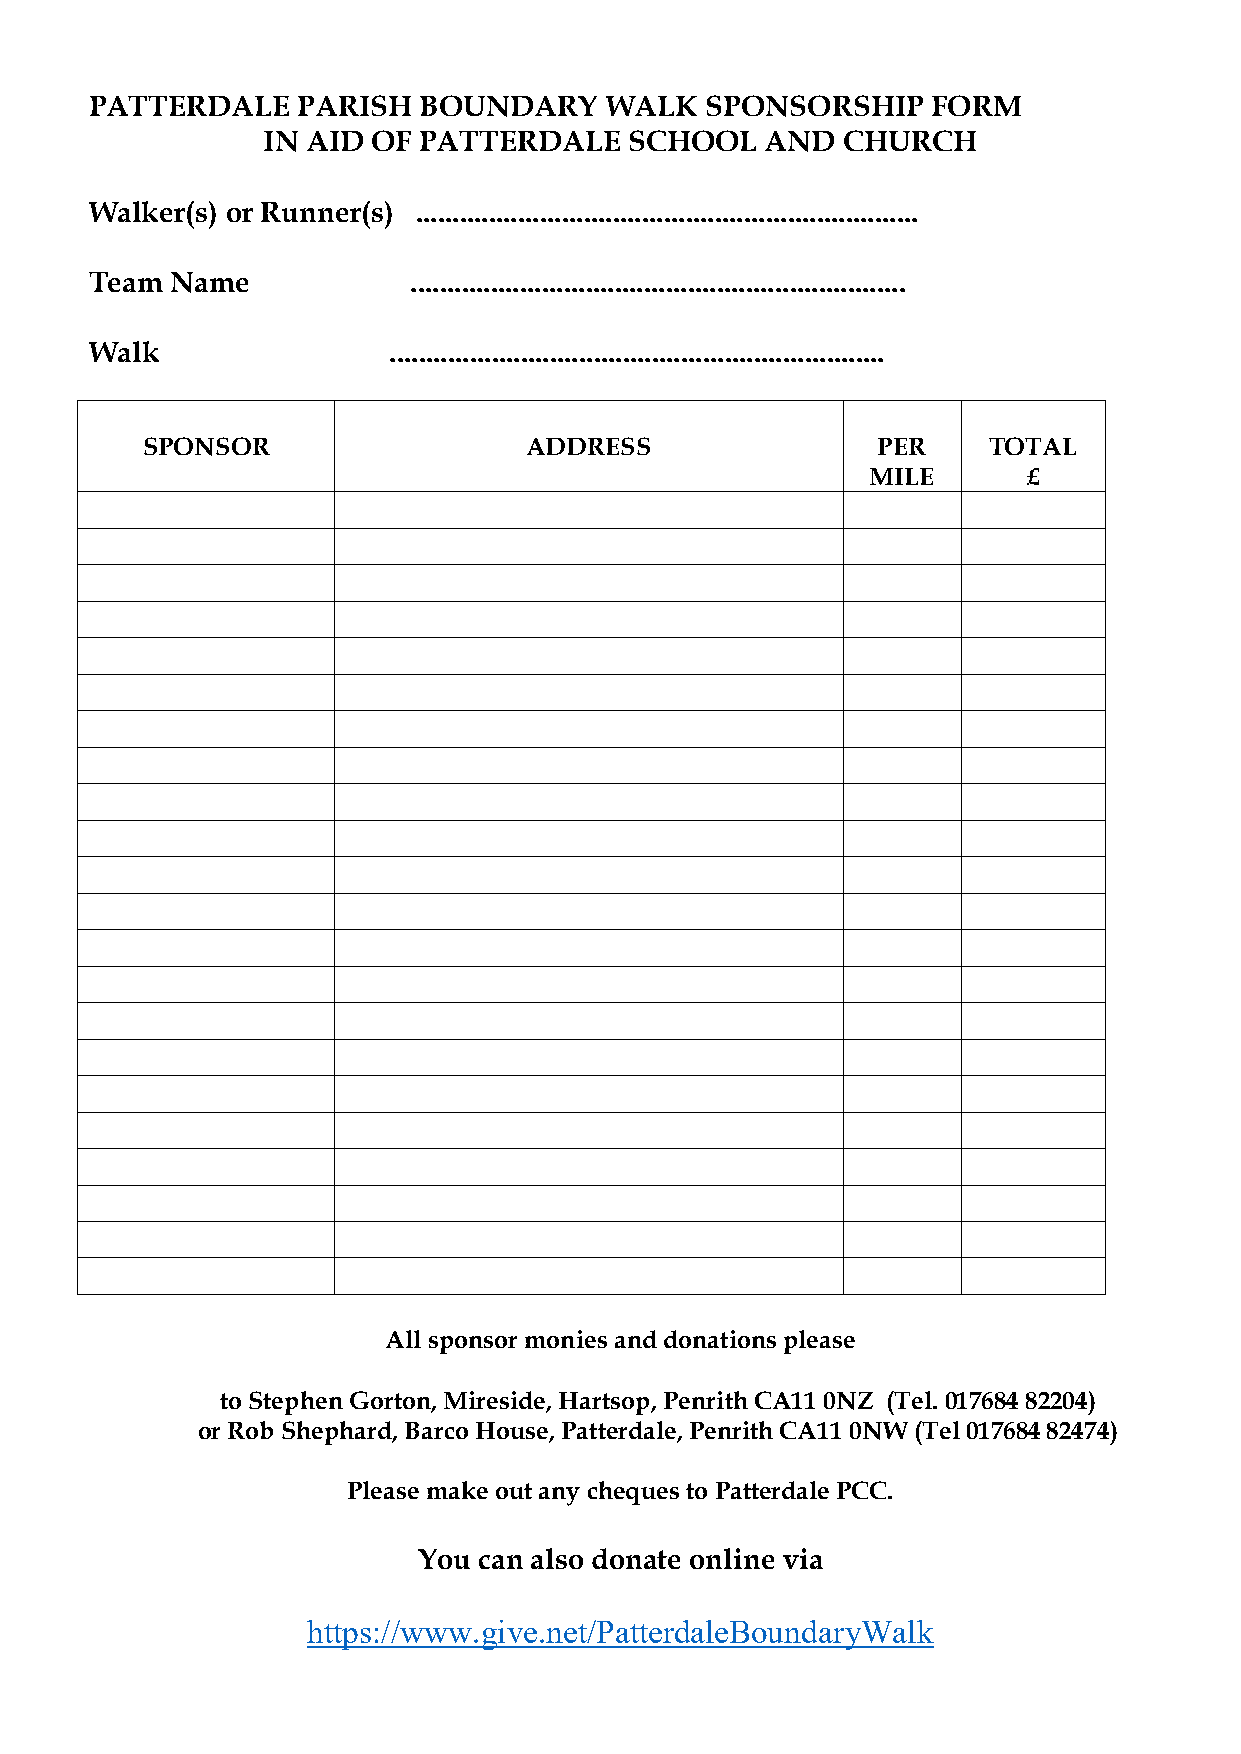
PATTERDALE    PARISH  BOUNDARY    WALK   SPONSORSHIP    FORM
 IN AID  OF PATTERDALE    SCHOOL   AND  CHURCH
 Walker(s) or Runner(s) .....................................................................
 Team Name            ....................................................................
 Walk                ....................................................................
 SPONSOR                   ADDRESS                PER    TOTAL
 MILE       £
 All sponsor monies and donations please
 to Stephen Gorton, Mireside, Hartsop, Penrith CA11 0NZ (Tel. 017684 82204)
 or Rob Shephard, Barco House, Patterdale, Penrith CA11 0NW (Tel 017684 82474)
 Please make out any cheques to Patterdale PCC.
 You can also donate online via
 https://www.give.net/PatterdaleBoundaryWalk